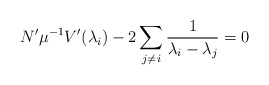
\begin{align*}N' \mu^{-1} V'(\lambda_i) -2\sum_{j\neq i} \frac 1{\lambda_i-\lambda_j} = 0\end{align*}